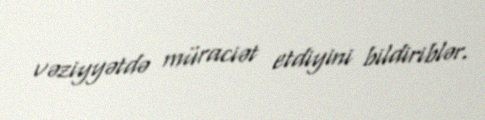
vəziyyətdə müraciət etdiyini bildiriblər.